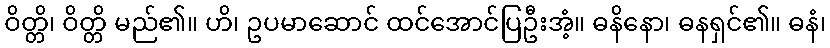
ဝိတ္တိ၊ ဝိတ္တိ မည်၏။ ဟိ၊ ဥပမာဆောင် ထင်အောင်ပြဦးအံ့။ ဓနိနော၊ ဓနရှင်၏။ ဓနံ၊